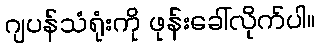
ဂျပန်သံရုံးကို ဖုန်းခေါ်လိုက်ပါ။